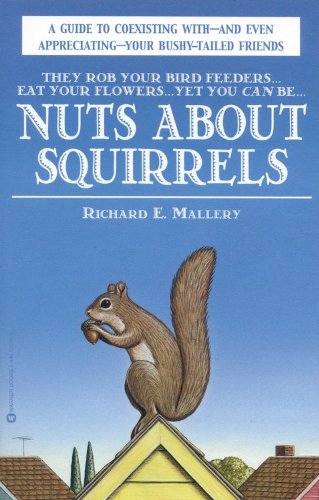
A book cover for Nuts About Squirrels: A Guide to Coexisting with-and Even Appreciating-Your Bushy-Tailed Friends; Richard E. Mallery; Sports & Outdoors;